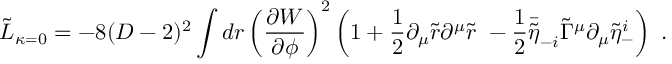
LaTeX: \tilde { \cal L } _ { \kappa = 0 } = - 8 ( D - 2 ) ^ { 2 } \int d r \left( { \frac { \partial W } { \partial \phi } } \right) ^ { 2 } \left( 1 + { \frac { 1 } { 2 } } \partial _ { \mu } \tilde { r } \partial ^ { \mu } \tilde { r } \ - { \frac { 1 } { 2 } } \bar { \tilde { \eta } } _ { - i } \tilde { \Gamma } ^ { \mu } \partial _ { \mu } \tilde { \eta } _ { - } ^ { i } \right) \ .